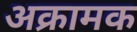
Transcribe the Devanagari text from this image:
अक्रामक